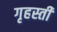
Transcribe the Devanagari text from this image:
गृहस्ती